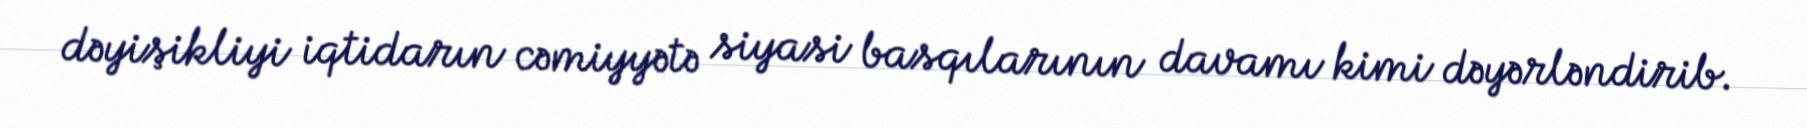
dəyişikliyi iqtidarın cəmiyyətə siyasi basqılarının davamı kimi dəyərləndirib.